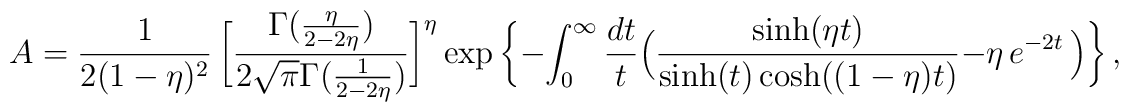
{A}=\frac{1}{2(1-\eta)^2}\,       \bigg[\frac{\Gamma(\frac{\eta}{2-2\eta})}                 {2\sqrt{\pi} \Gamma(\frac{1}{2-2\eta})}      \bigg]^{\eta}   \exp\bigg\{-\int_0^{\infty}\frac{dt}{t}       \Big(\frac{\sinh(\eta t)}{\sinh(t)\cosh((1-\eta)t)}           -{\eta}\, e^{-2 t}\, \Big) \bigg\}\, ,